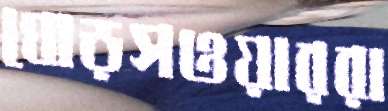
ঘোড়সওয়াররা